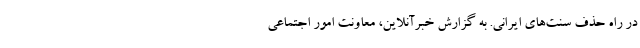
در راه حذف سنت‌های ایرانی. به گزارش خبرآنلاین، معاونت امور اجتماعی